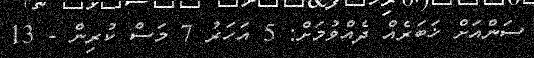
ސަންއަށް ޚަބަރެއް ދެއްވުމަށް: 5 އަހަރު 7 މަސް ކުރިން - 13